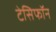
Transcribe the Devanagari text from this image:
टेसिफॉन